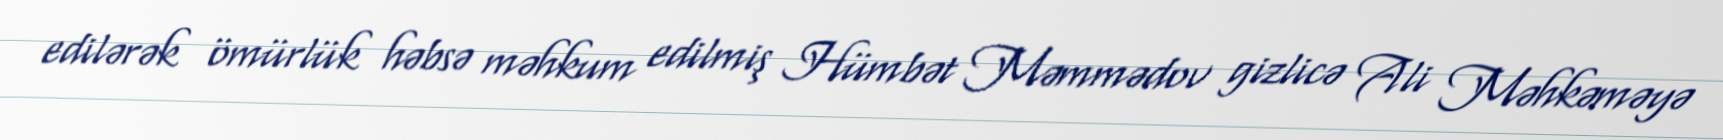
edilərək ömürlük həbsə məhkum edilmiş Hümbət Məmmədov gizlicə Ali Məhkəməyə